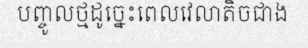
បញ្ចូលថ្មដូច្នេះពេលវេលាតិចជាង